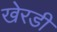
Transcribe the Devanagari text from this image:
खेरडी